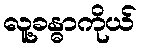
လူ့ခန္ဓာကိုယ်